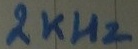
Text: 2KHz